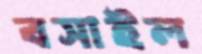
বসাইল